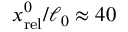
x _ { \mathrm { r e l } } ^ { 0 } / \ell _ { 0 } \approx 4 0